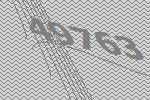
49763